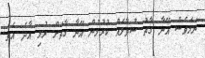
ނަމަވެސް އޭނާ ގާތު ސުވާލެއް ކުރުމުން އޭނާ ގާތަށް ރުޅި އާދެ އެވެ.